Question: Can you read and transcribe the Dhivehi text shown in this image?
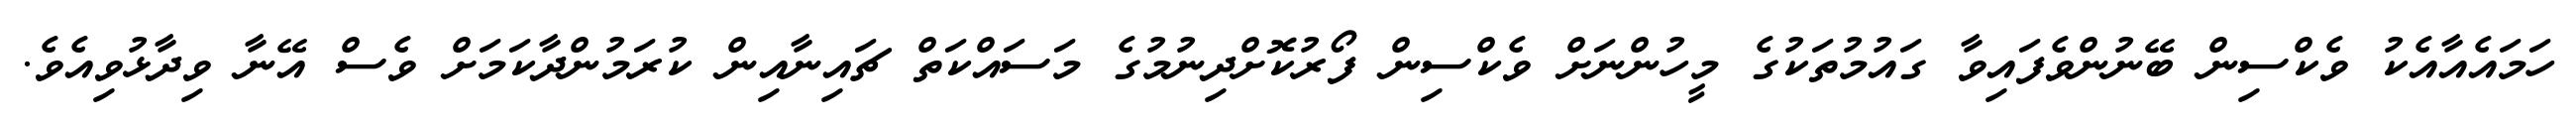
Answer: ހަމައެއާއެކު ވެކްސިން ބޭނުންވެފައިވާ ގައުމުތަކުގެ މީހުންނަށް ވެކްސިން ފޯރުކޮށްދިނުމުގެ މަސައްކަތް ޗައިނާއިން ކުރަމުންދާކަމަށް ވެސް އޭނާ ވިދާޅުވިއެވެ.